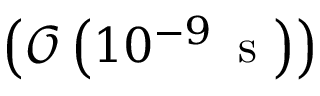
\left( \mathcal { O } \left( 1 0 ^ { - 9 } \, \mathrm { ~ s ~ } \right) \right)